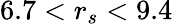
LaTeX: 6.7<r_{s}<9.4